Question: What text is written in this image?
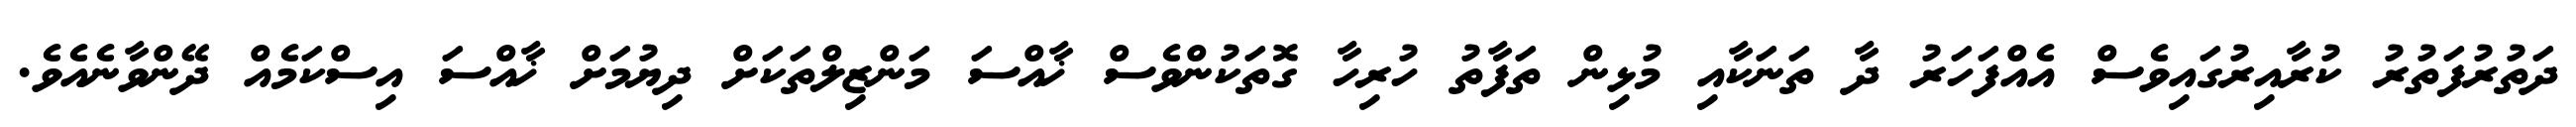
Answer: ދަތުރުފަތުރު ކުރާއިރުގައިވެސް އެއްފަހަރު ދާ ތަނަކާއި މުޅިން ތަފާތު ހުރިހާ ގޮތަކުންވެސް ޚާއްސަ މަންޒިލްތަކަށް ދިޔުމަށް ޚާއްސަ އިސްކަމެއް ދޭންވާނެއެވެ.